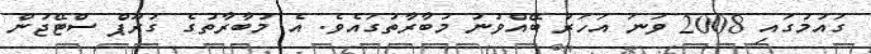
ގައުމުގައި 2008 ވަނަ އަހަރު ބޭއްވުނު މުބާރާތުގައެވެ. އެ މުބާރާތުގެ ގުރޫޕް ސްޓޭޖުން